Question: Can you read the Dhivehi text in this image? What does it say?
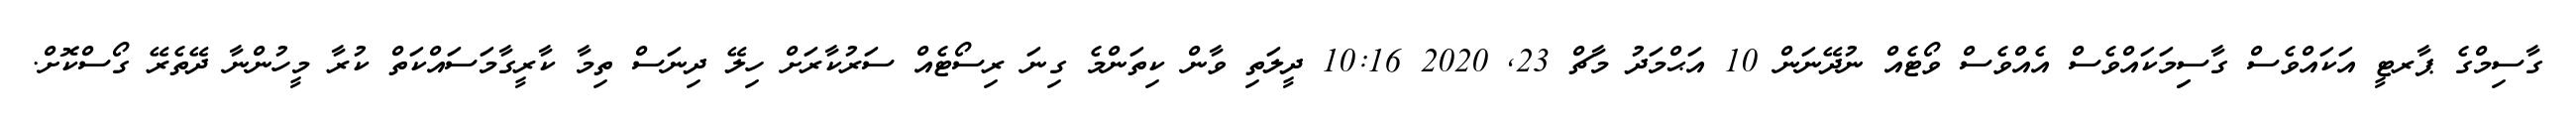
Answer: ގާސިމްގެ ޕާރޓީ އަކައްވެސް ގާސިިމަކައްވެސް އެއްވެސް ވޯޓެއް ނުދޭނަން 10 އަޙްމަދު މާޗް 23, 2020 10:16 ދީލަތި ވާން ކިތަންމެ ގިނަ ރިސޯޓެއް ސަރުކާރަށް ހިލޭ ދިނަސް ތިމާ ކާރީގާމަސައްކަތް ކުރާ މީހުންނާ ދޭތެރޭ ގޯސްކޮށް.